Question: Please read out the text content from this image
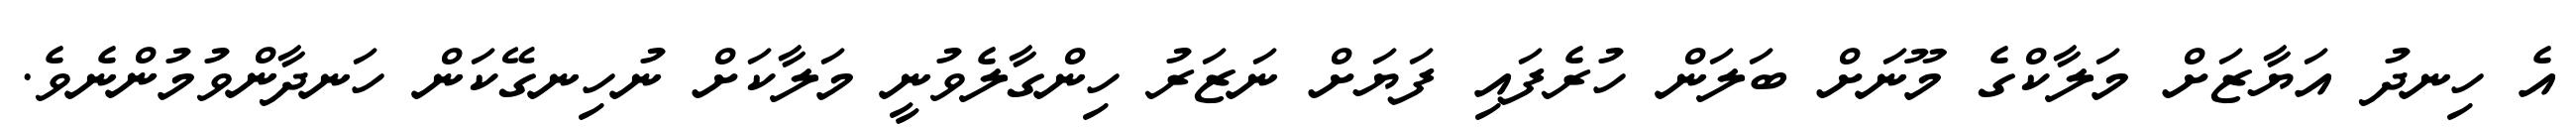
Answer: އެ ހިނދު އަޔާޒަށް މަލާކްގެ މޫނަށް ބަލަން ހުރެފައި ފަޔަށް ނަޒަރު ހިންގާލެވުނީ މަލާކަށް ނުހިނގޭކަން ހަނދާންވުމުންނެވެ.